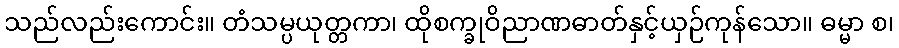
သည်လည်းကောင်း။ တံသမ္ပယုတ္တကာ၊ ထိုစက္ခုဝိညာဏဓာတ်နှင့်ယှဉ်ကုန်သော။ ဓမ္မာ စ၊